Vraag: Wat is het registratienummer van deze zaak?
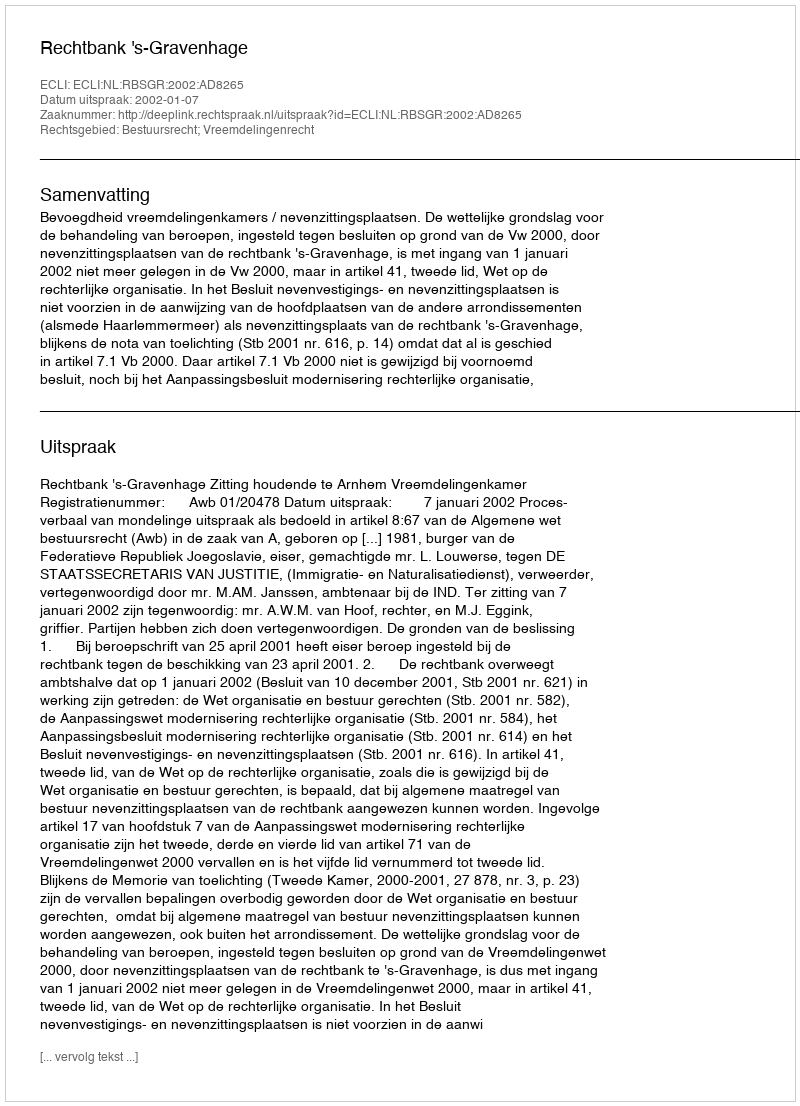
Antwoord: http://deeplink.rechtspraak.nl/uitspraak?id=ECLI:NL:RBSGR:2002:AD8265